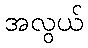
အလွယ်